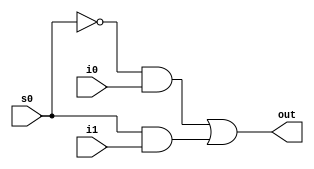
`timescale 1ns / 1ps

module MUX2X1(out,i0,i1,s0);

output out;

input s0;
input i0,i1;

wire c1,c2;
assign c1=(~s0)&&i0;
assign c2=s0&&i1;

assign out=c1||c2;
endmodule